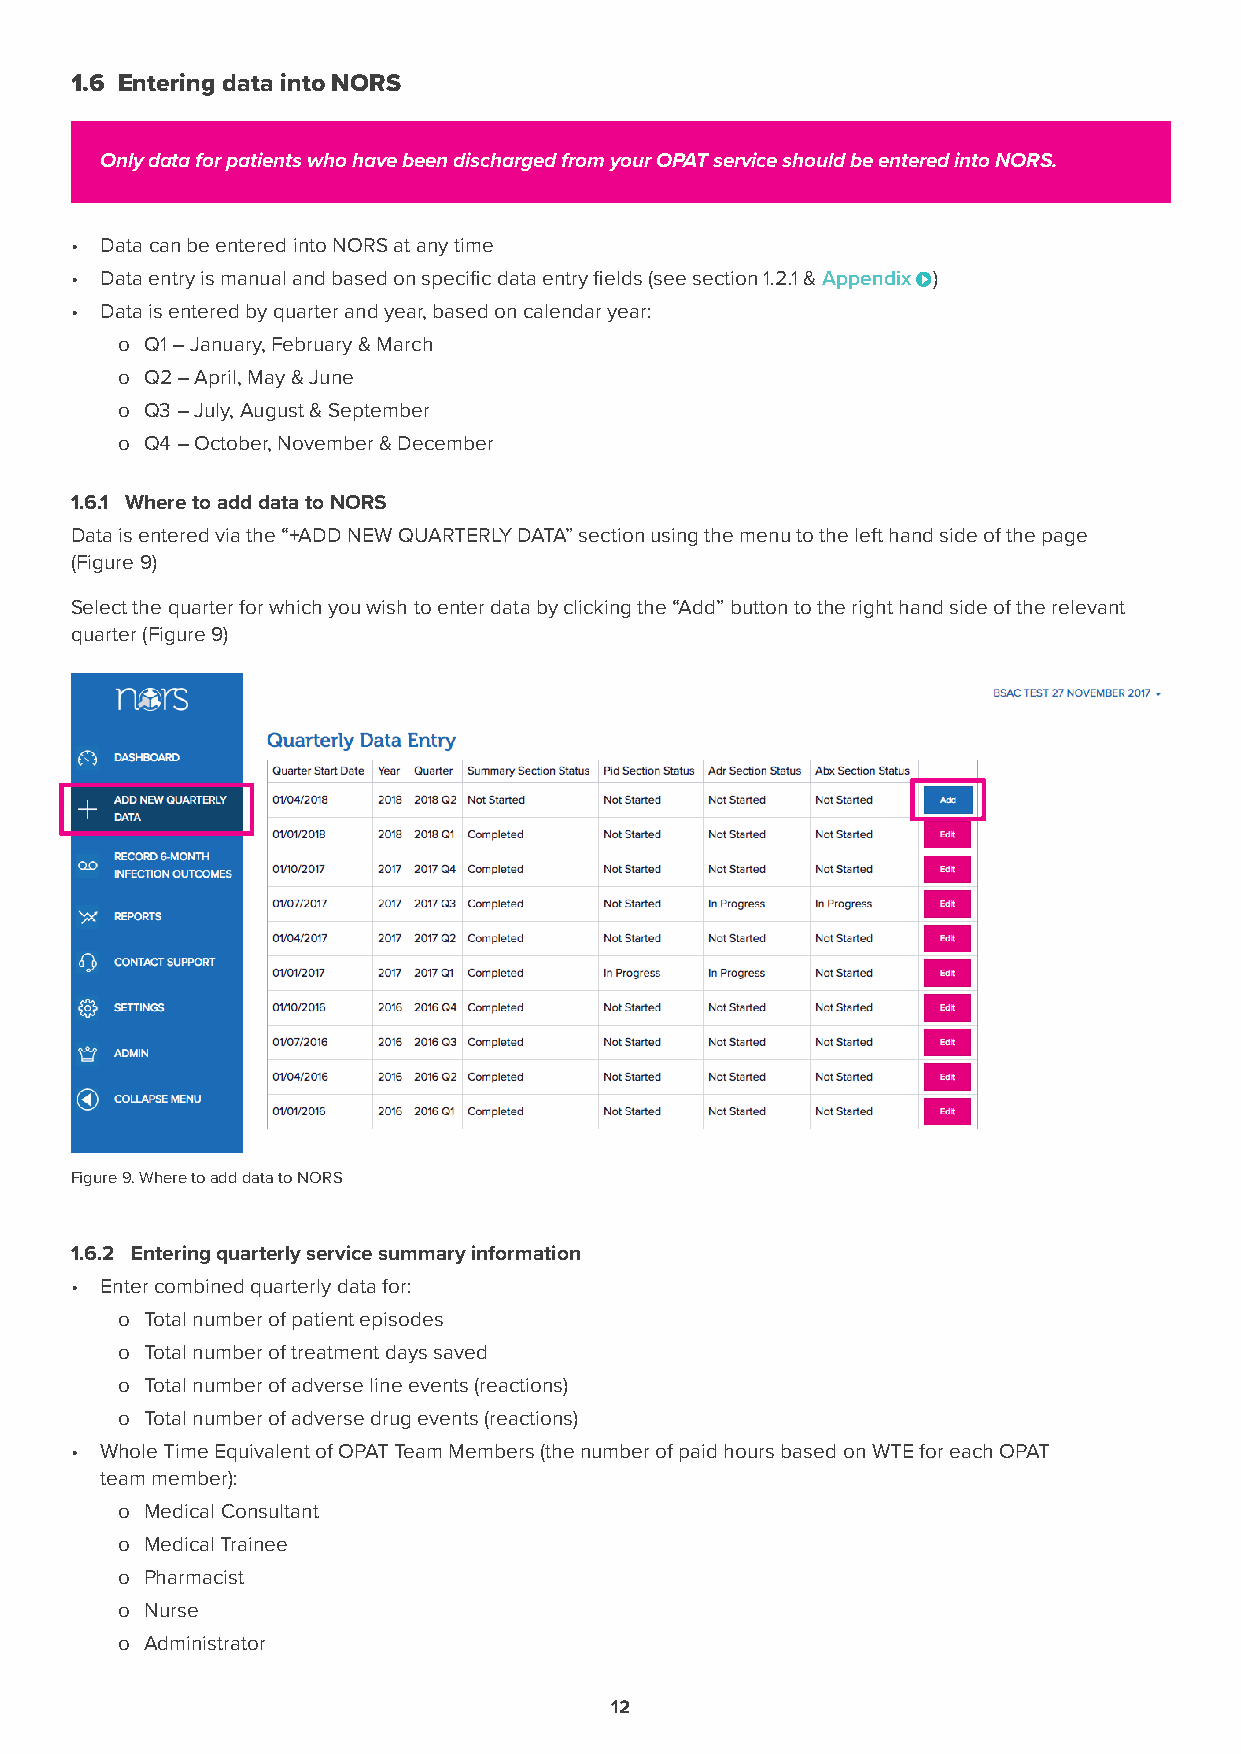
1.6 Entering data into NORS
 Only data for patients who have been discharged from your OPAT service should be entered into NORS.
 • Data can be entered into NORS at any time
 • Data entry is manual and based on specific data entry fields (see section 1.2.1 & Appendix )
 • Data is entered by quarter and year, based on calendar year:
 o Q1 – January, February & March
 o Q2 – April, May & June
 o Q3 – July, August & September
 o Q4 – October, November & December
 1.6.1 Where to add data to NORS
 Data is entered via the “+ADD NEW QUARTERLY DATA” section using the menu to the left hand side of the page
 (Figure 9)
 Select the quarter for which you wish to enter data by clicking the “Add” button to the right hand side of the relevant
 quarter (Figure 9)
 Figure 9. Where to add data to NORS
 1.6.2 Entering quarterly service summary information
 • Enter combined quarterly data for:
 o Total number of patient episodes
 o Total number of treatment days saved
 o Total number of adverse line events (reactions)
 o Total number of adverse drug events (reactions)
 • Whole Time Equivalent of OPAT Team Members (the number of paid hours based on WTE for each OPAT
 team member):
 o Medical Consultant
 o Medical Trainee
 o Pharmacist
 o Nurse
 o Administrator
 12